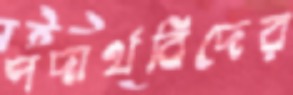
পদার্থবিদের